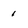
Character: 1